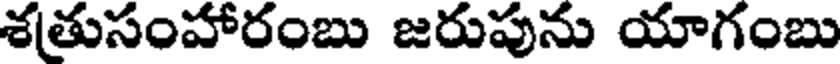
శతుసంహారంబు జరుపును యాగంబు